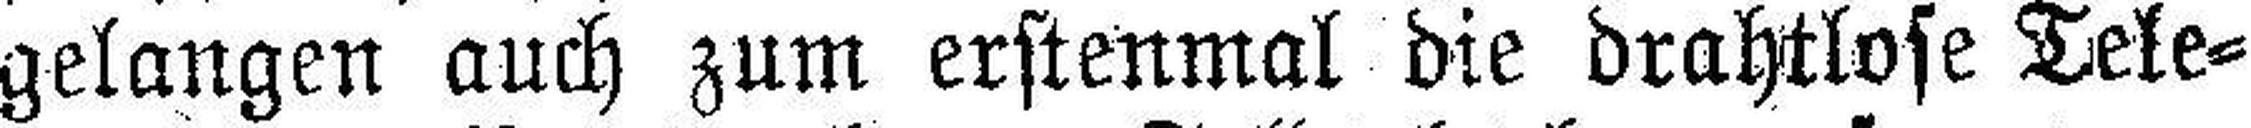
gelangen auch zum erstenmal die drahtlose Tele¬